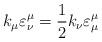
LaTeX: \begin{align*}k_\mu \varepsilon^{\mu}_{\nu} = \frac{1}{2} k_\nu \varepsilon^{\mu}_{\mu}\end{align*}